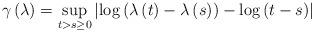
LaTeX: \begin{align*}\gamma \left( \lambda \right) = \sup_{t > s \geq 0} \left\vert \log \left( \lambda \left( t \right) - \lambda \left( s \right) \right) - \log \left( t - s \right) \right\vert\end{align*}